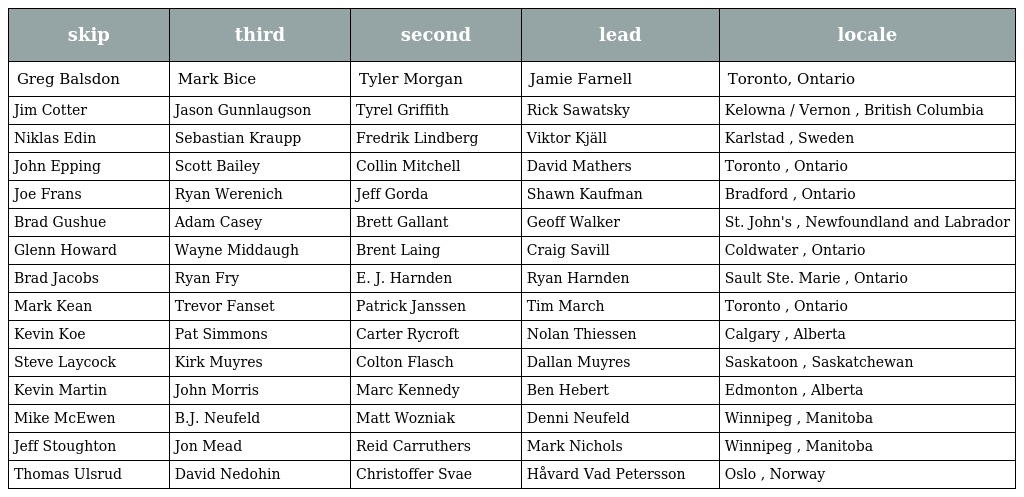
| skip | third | second | lead | locale |
 | --- | --- | --- | --- | --- |
 | Greg Balsdon | Mark Bice | Tyler Morgan | Jamie Farnell | Toronto, Ontario |
 | Jim Cotter | Jason Gunnlaugson | Tyrel Griffith | Rick Sawatsky | Kelowna / Vernon , British Columbia |
 | Niklas Edin | Sebastian Kraupp | Fredrik Lindberg | Viktor Kjäll | Karlstad , Sweden |
 | John Epping | Scott Bailey | Collin Mitchell | David Mathers | Toronto , Ontario |
 | Joe Frans | Ryan Werenich | Jeff Gorda | Shawn Kaufman | Bradford , Ontario |
 | Brad Gushue | Adam Casey | Brett Gallant | Geoff Walker | St. John's , Newfoundland and Labrador |
 | Glenn Howard | Wayne Middaugh | Brent Laing | Craig Savill | Coldwater , Ontario |
 | Brad Jacobs | Ryan Fry | E. J. Harnden | Ryan Harnden | Sault Ste. Marie , Ontario |
 | Mark Kean | Trevor Fanset | Patrick Janssen | Tim March | Toronto , Ontario |
 | Kevin Koe | Pat Simmons | Carter Rycroft | Nolan Thiessen | Calgary , Alberta |
 | Steve Laycock | Kirk Muyres | Colton Flasch | Dallan Muyres | Saskatoon , Saskatchewan |
 | Kevin Martin | John Morris | Marc Kennedy | Ben Hebert | Edmonton , Alberta |
 | Mike McEwen | B.J. Neufeld | Matt Wozniak | Denni Neufeld | Winnipeg , Manitoba |
 | Jeff Stoughton | Jon Mead | Reid Carruthers | Mark Nichols | Winnipeg , Manitoba |
 | Thomas Ulsrud | David Nedohin | Christoffer Svae | Håvard Vad Petersson | Oslo , Norway |